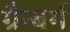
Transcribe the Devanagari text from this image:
ग्रैन्बर्ग